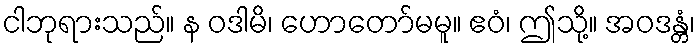
ငါဘုရားသည်။ န ဝဒါမိ၊ ဟောတော်မမူ။ ဧဝံ၊ ဤသို့။ အဝဒန္တံ၊